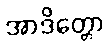
အာဒိတ္တော